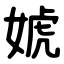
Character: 婋